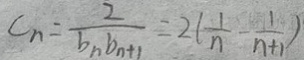
C _ { n } = \frac { 2 } { b _ { n } b _ { n + 1 } } = 2 ( \frac { 1 } { n } - \frac { 1 } { n + 1 } )